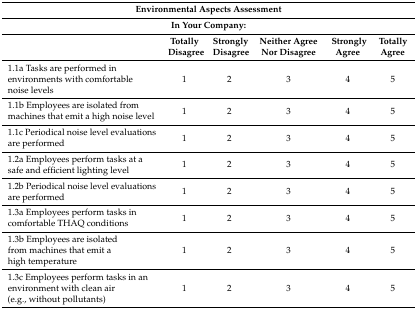
| <COLSPAN=6> Environmental Aspects Assessment |
 | <COLSPAN=6> In Your Company: |
 |  | Totally Disagree | Strongly Disagree | Neither Agree Nor Disagree | Strongly Agree | Totally Agree |
 | --- | --- | --- | --- | --- | --- |
 | 1.1a Tasks are performed in environments with comfortable noise levels | 1 | 2 | 3 | 4 | 5 |
 | 1.1b Employees are isolated from machines that emit a high noise level | 1 | 2 | 3 | 4 | 5 |
 | 1.1c Periodical noise level evaluations are performed | 1 | 2 | 3 | 4 | 5 |
 | 1.2a Employees perform tasks at a safe and efficient lighting level | 1 | 2 | 3 | 4 | 5 |
 | 1.2b Periodical noise level evaluations are performed | 1 | 2 | 3 | 4 | 5 |
 | 1.3a Employees perform tasks in comfortable THAQ conditions | 1 | 2 | 3 | 4 | 5 |
 | 1.3b Employees are isolated from machines that emit a high temperature | 1 | 2 | 3 | 4 | 5 |
 | 1.3c Employees perform tasks in an environment with clean air (e.g., without pollutants) | 1 | 2 | 3 | 4 | 5 |